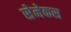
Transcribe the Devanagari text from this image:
सेनेकस